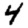
Digit: 4